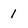
Character: 1